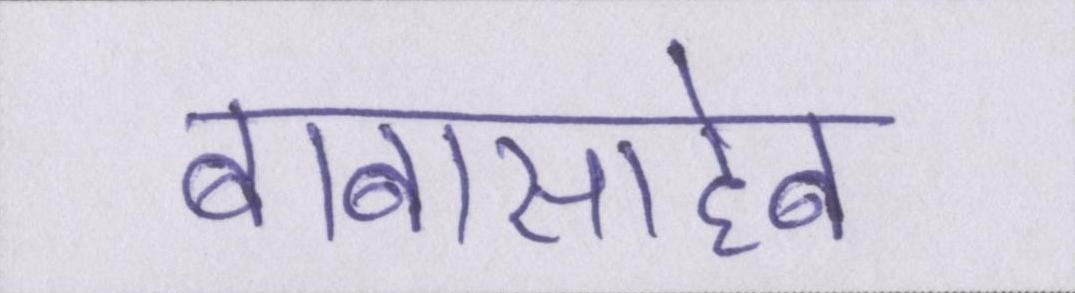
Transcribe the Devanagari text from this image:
बाबासाहेब